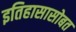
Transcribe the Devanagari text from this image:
इतिहासासोबत